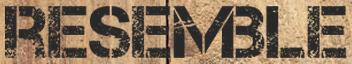
RESEMBLE